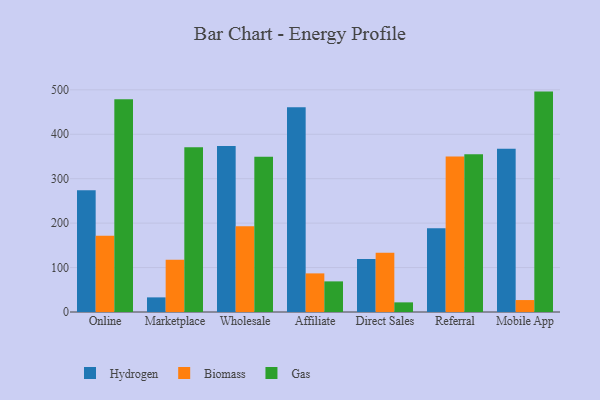
{"axis": {"x": "Channel", "y": "Active Users"}, "legend": ["Biomass", "Gas", "Hydrogen"], "data": [{"x": "Online", "y": 273.8, "type": "Hydrogen"}, {"x": "Online", "y": 171.6, "type": "Biomass"}, {"x": "Online", "y": 478.8, "type": "Gas"}, {"x": "Marketplace", "y": 32.9, "type": "Hydrogen"}, {"x": "Marketplace", "y": 117.6, "type": "Biomass"}, {"x": "Marketplace", "y": 370.9, "type": "Gas"}, {"x": "Wholesale", "y": 373.7, "type": "Hydrogen"}, {"x": "Wholesale", "y": 193.2, "type": "Biomass"}, {"x": "Wholesale", "y": 349.3, "type": "Gas"}, {"x": "Affiliate", "y": 460.7, "type": "Hydrogen"}, {"x": "Affiliate", "y": 86.9, "type": "Biomass"}, {"x": "Affiliate", "y": 68.9, "type": "Gas"}, {"x": "Direct Sales", "y": 119.3, "type": "Hydrogen"}, {"x": "Direct Sales", "y": 133.6, "type": "Biomass"}, {"x": "Direct Sales", "y": 21.7, "type": "Gas"}, {"x": "Referral", "y": 188.6, "type": "Hydrogen"}, {"x": "Referral", "y": 350.2, "type": "Biomass"}, {"x": "Referral", "y": 354.9, "type": "Gas"}, {"x": "Mobile App", "y": 367.2, "type": "Hydrogen"}, {"x": "Mobile App", "y": 26.9, "type": "Biomass"}, {"x": "Mobile App", "y": 496.0, "type": "Gas"}]}